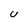
Character: U